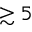
\gtrsim 5